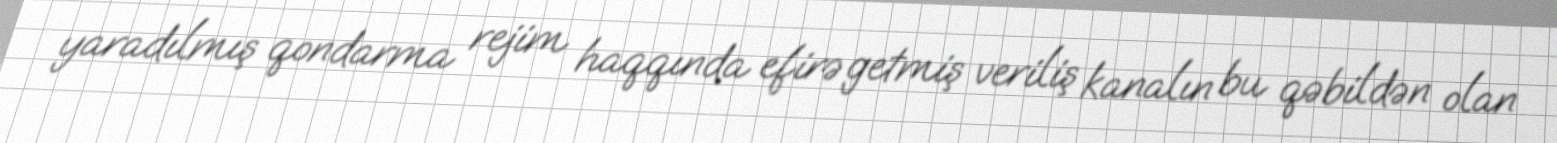
yaradılmış qondarma rejim haqqında efirə getmiş veriliş kanalın bu qəbildən olan